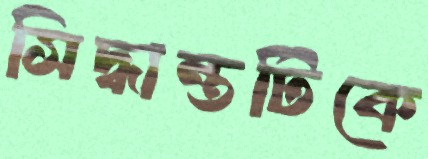
সিদ্ধান্তটিকে